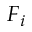
F _ { i }